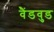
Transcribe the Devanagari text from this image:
वैंडवुड